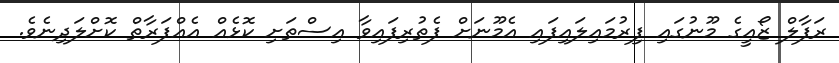
ރަފާލް ޒޯއީގެ މޫނުގައި ފިރުމައިލައިފައި އެމޫނަށް ފެތުރިފައިވާ އިސްތަށި ކޮޅެއް އެއްފަރާތް ކޮށްލަދިނެވެ.